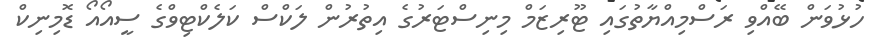
ހުޅުވަން ބޭއްވި ރަސްމިއްޔާތުގައި ޓޫރިޒަމް މިނިސްޓަރުގެ އިތުރުން ލަކްސް ކަލެކްޓިވްގެ ސީއޯއޯ ޑޮމިނިކް